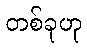
တစ်ခုဟု